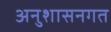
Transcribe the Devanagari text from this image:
अनुशासनगत